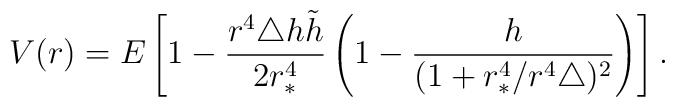
V(r)=E\left [1-\frac{r^4 \triangle h \tilde{h}}{2 r_*^4}   \left(1-\frac{h}{(1+r_*^4/r^4\triangle)^2}\right)\right].